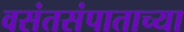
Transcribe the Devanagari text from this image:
वसंतसंपाताच्या